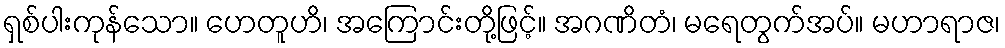
ရှစ်ပါးကုန်သော။ ဟေတူဟိ၊ အကြောင်းတို့ဖြင့်။ အဂဏိတံ၊ မရေတွက်အပ်။ မဟာရာဇ၊